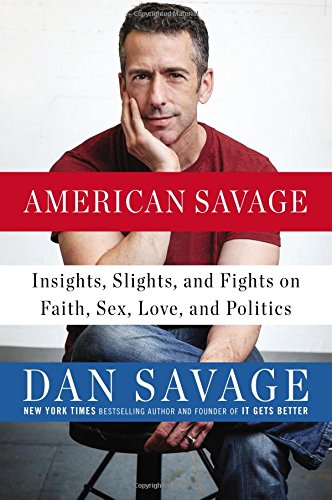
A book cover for American Savage: Insights, Slights, and Fights on Faith, Sex, Love, and Politics; Dan Savage; Gay & Lesbian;